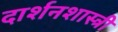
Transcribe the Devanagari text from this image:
दार्शनशास्त्री